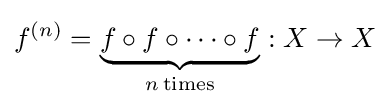
f^{(n)}=\underbrace {f\circ f\circ \dots \circ f} _{n\mathrm {\,times} }:X\to X